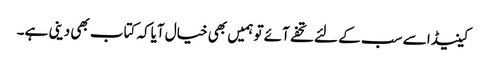
کینیڈا سے سب کے لئے تحفے آئے تو ہمیں بھی خیال آیاکہ کتاب بھی دینی ہے۔